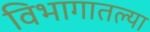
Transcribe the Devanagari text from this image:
विभागातल्या